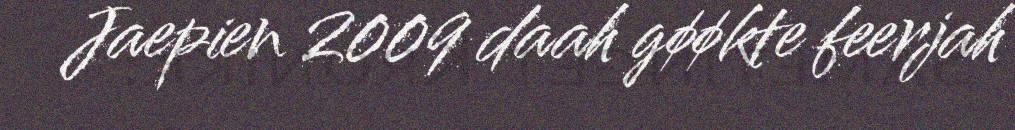
Jaepien 2009 daah gøøkte feerjah